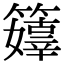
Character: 𥶜